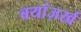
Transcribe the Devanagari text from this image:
बयांज़र्ख